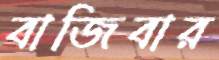
বাজিবার